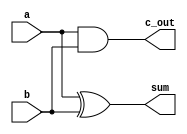
module HA(c_out, sum, a, b);
	output sum, c_out;
	input a, b;

	xor sum_bit(sum, a, b);
	and carry_bit(c_out, a, b);
endmodule